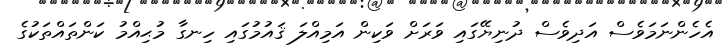
އެހެންނަމަވެސް އަދިވެސް ދުނިޔޭގައި ވަރަށް ވަކިން އަމިއްލަ ޤައުމުގައި ހިނގާ މުޙިއްމު ކަންތައްތަކުގެ